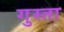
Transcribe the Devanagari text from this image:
गुस्ता